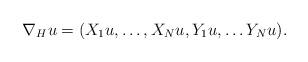
LaTeX: \begin{align*} \nabla_H u = ( X_1 u,\dots, X_N u, Y_1 u,\dots Y_N u). \end{align*}